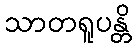
သာတရူပန္တိ